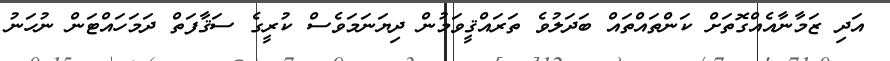
އަދި ޒަމާނާއެއްގޮތަށް ކަންތައްތައް ބަދަލުވެ ތަރައްޤީވަމުން ދިޔަނަމަވެސް ކުރީގެ ސަޤާފަތް ދަމަހައްޓަން ނުހަނު